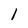
Character: l